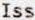
ISS